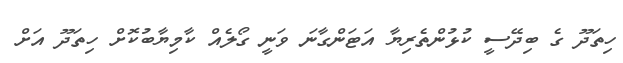
ހިތަދޫ ގެ ބިދޭސީ ކުޅުންތެރިޔާ އަޓަންގާނަ ވަނީ ގޯލެއް ކާމިޔާބުކޮށް ހިތަދޫ އަށް